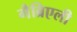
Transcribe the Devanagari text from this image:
गैब्रिएली